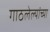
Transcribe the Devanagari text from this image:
गाठलेल्यांच्या